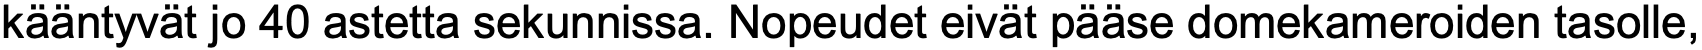
kääntyvät jo 40 astetta sekunnissa. Nopeudet eivät pääse domekameroiden tasolle,